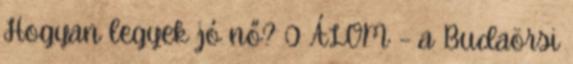
Hogyan legyek jó nő? 0 ÁLOM – a Budaörsi